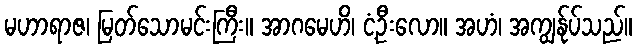
မဟာရာဇ၊ မြတ်သောမင်းကြီး။ အာဂမေဟိ၊ ငံ့ဦးလော။ အဟံ၊ အကျွန်ုပ်သည်။